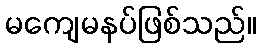
မကျေမနပ်ဖြစ်သည်။